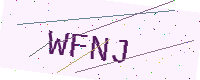
Text: WFNJ